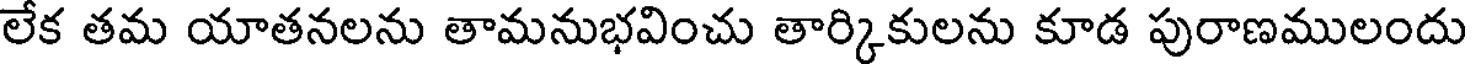
లేక తమ యాతనలను తామనుభవించు తార్కికులను కూడ పురాణములందు